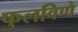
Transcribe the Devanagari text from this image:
फुलविणे